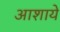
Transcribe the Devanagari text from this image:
आशाये